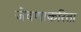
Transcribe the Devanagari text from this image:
जेवणाकरिता